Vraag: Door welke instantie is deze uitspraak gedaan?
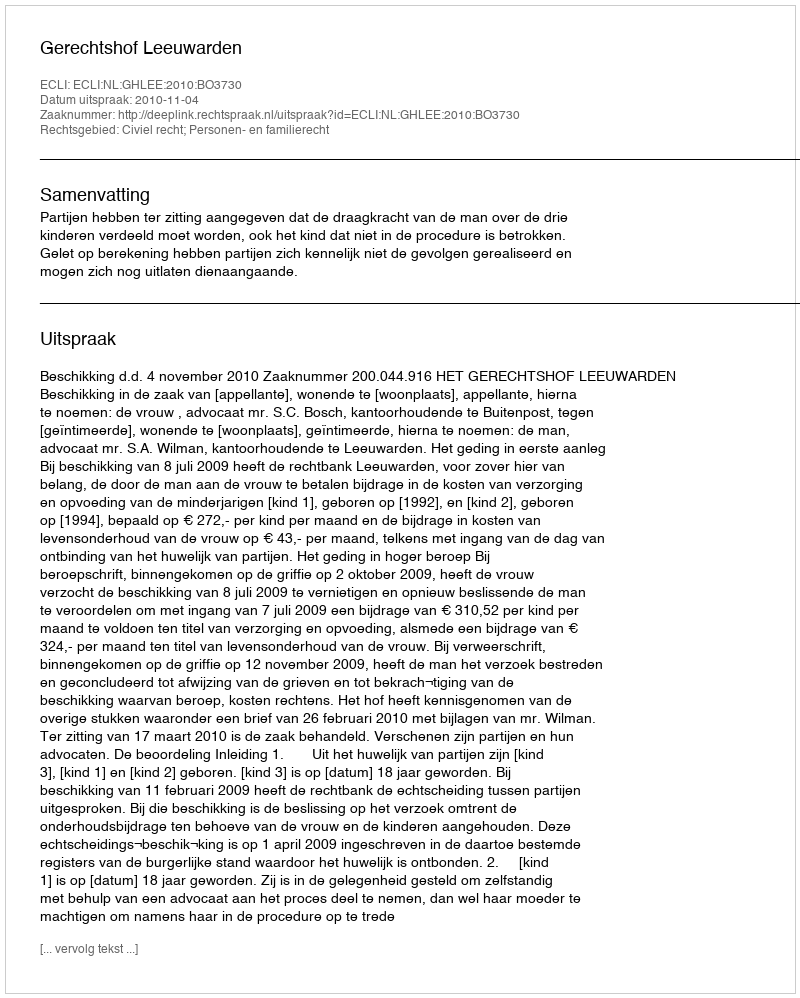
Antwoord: Gerechtshof Leeuwarden